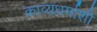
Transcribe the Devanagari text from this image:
काव्यधर्माशी